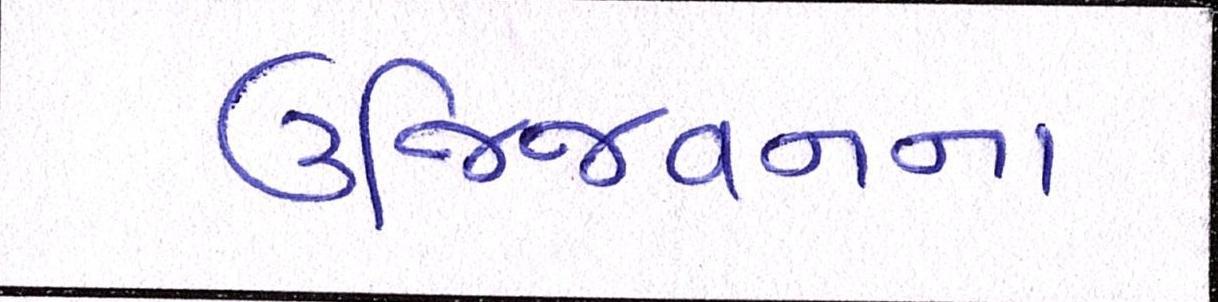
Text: ઉજ્જિવનના